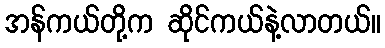
အန်ကယ်တို့က ဆိုင်ကယ်နဲ့လာတယ်။